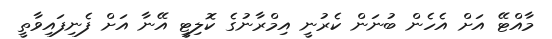
މާއްޓޭ އަށް އެހެން ބުނަން ކެރުނީ އިމްރާނުގެ ކޮލިޓީ އޭނާ އަށް ފެނިފައިވާތީ